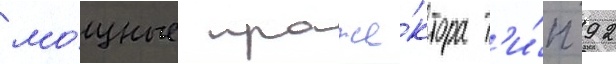
мо́щные проже́ктора т'и́п 92